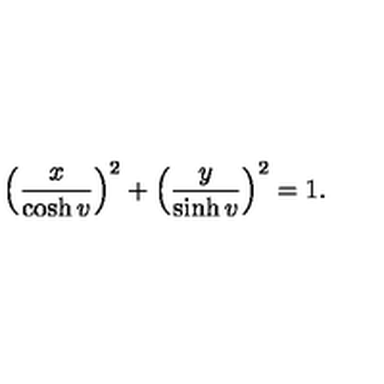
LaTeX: \left( \frac x { \cosh v } \right) ^ { 2 } + \left( \frac y { \sinh v } \right) ^ { 2 } = 1 .